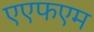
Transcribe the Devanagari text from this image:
एएफएम